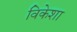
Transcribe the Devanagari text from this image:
विकेशा